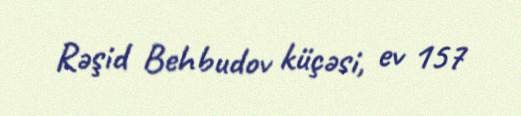
Rəşid Behbudov küçəsi, ev 157